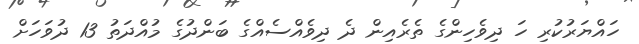
ހައްޔަރުކުރި ހަ ދިވެހިންގެ ތެރެއިން ދެ ދިވެއްސެއްގެ ބަންދުގެ މުއްދަތު 13 ދުވަހަށް